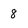
Character: 8